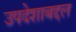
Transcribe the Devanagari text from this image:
उपदेशाबद्दल